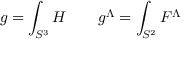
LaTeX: g = \int _ { S ^ { 3 } } H \quad \quad g ^ { \Lambda } = \int _ { S ^ { 2 } } F ^ { \Lambda }